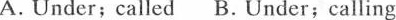
. A. Under;called B.Under;calling